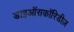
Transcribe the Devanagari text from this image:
डाइऑसकॉरिडीज़